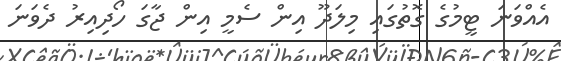
އެއްވަނަ ޓީމުގެ ގޮތުގައި މިލަދޫ އިން ސެމީ އިން ޖާގަ ހޯދިއިރު ދެވަނަ